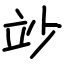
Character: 竗